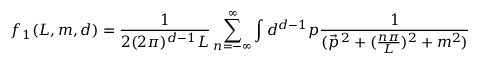
f _ { 1 } ( L , m , d ) = \frac { 1 } { 2 ( 2 \pi ) ^ { d - 1 } L } \sum _ { n = - \infty } ^ { \infty } \int d ^ { d - 1 } p \frac { 1 } { ( \vec { p } ^ { \, 2 } + ( \frac { n \pi } { L } ) ^ { 2 } + m ^ { 2 } ) }